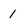
Character: 1